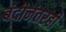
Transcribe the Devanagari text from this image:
बंदीनंतरही